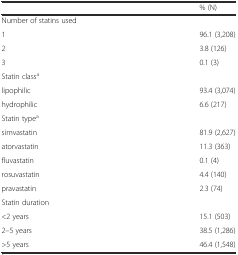
<table><thead><tr><td></td><td><b>% (N)</b></td></tr></thead><tbody><tr><td>Number of statins used</td><td></td></tr><tr><td>1</td><td>96.1 (3,208)</td></tr><tr><td>2</td><td>3.8 (126)</td></tr><tr><td>3</td><td>0.1 (3)</td></tr><tr><td>Statin class<sup>a</sup></td><td></td></tr><tr><td>lipophilic</td><td>93.4 (3,074)</td></tr><tr><td>hydrophilic</td><td>6.6 (217)</td></tr><tr><td>Statin type<sup>a</sup></td><td></td></tr><tr><td>simvastatin</td><td>81.9 (2,627)</td></tr><tr><td>atorvastatin</td><td>11.3 (363)</td></tr><tr><td>fluvastatin</td><td>0.1 (4)</td></tr><tr><td>rosuvastatin</td><td>4.4 (140)</td></tr><tr><td>pravastatin</td><td>2.3 (74)</td></tr><tr><td>Statin duration</td><td></td></tr><tr><td>&lt;2 years</td><td>15.1 (503)</td></tr><tr><td>2–5 years</td><td>38.5 (1,286)</td></tr><tr><td>&gt;5 years</td><td>46.4 (1,548)</td></tr></tbody></table>